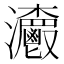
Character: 𤅨